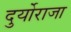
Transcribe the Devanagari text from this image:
दुर्योराजा